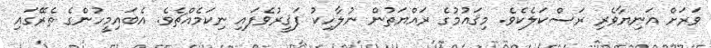
ވަރަށް އަނިޔާވެރި ރަސްކަލެކެވެ. މިޤައުމުގެ ރައްޔަތުން ނުލާހިކު ފަޤީރުވެފައި ނިކަމެއްޗެވެ. އެބައިމީހުންގެ ތެރޭގައި